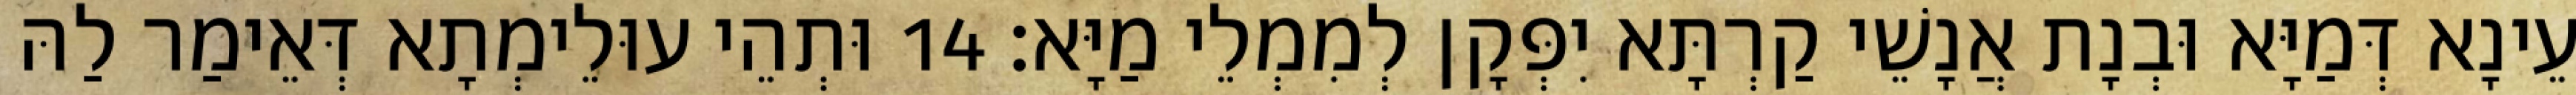
עֵינָא דְּמַיָּא וּבְנָת אֲנָשֵׁי קַרְתָּא יִפְּקָן לְמִמְלֵי מַיָּא׃ 14 וּתְהֵי עוּלֵימְתָא דְּאֵימַר לַהּ